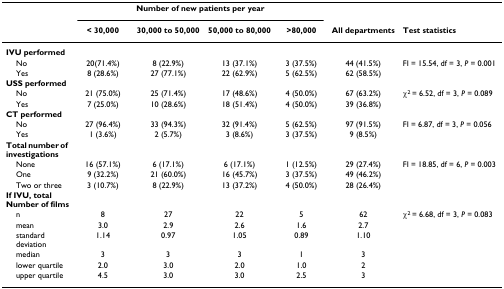
<table><thead><tr><td></td><td colspan="4"><b>Number of new patients per year</b></td><td></td><td></td></tr><tr><td></td><td><b>&lt; 30,000</b></td><td><b>30,000 to 50,000</b></td><td><b>50,000 to 80,000</b></td><td><b>&gt;80,000</b></td><td><b>All departments</b></td><td><b>Test statistics</b></td></tr></thead><tbody><tr><td><b>IVU performed</b></td><td></td><td></td><td></td><td></td><td></td><td></td></tr><tr><td> No</td><td>20(71.4%)</td><td>8 (22.9%)</td><td>13 (37.1%)</td><td>3 (37.5%)</td><td>44 (41.5%)</td><td>FI = 15.54, df = 3, <i>P </i>= 0.001</td></tr><tr><td> Yes</td><td>8 (28.6%)</td><td>27 (77.1%)</td><td>22 (62.9%)</td><td>5 (62.5%)</td><td>62 (58.5%)</td><td></td></tr><tr><td><b>USS performed</b></td><td></td><td></td><td></td><td></td><td></td><td></td></tr><tr><td> No</td><td>21 (75.0%)</td><td>25 (71.4%)</td><td>17 (48.6%)</td><td>4 (50.0%)</td><td>67 (63.2%)</td><td>χ<sup>2 </sup>= 6.52, df = 3, <i>P </i>= 0.089</td></tr><tr><td> Yes</td><td>7 (25.0%)</td><td>10 (28.6%)</td><td>18 (51.4%)</td><td>4 (50.0%)</td><td>39 (36.8%)</td><td></td></tr><tr><td><b>CT performed</b></td><td></td><td></td><td></td><td></td><td></td><td></td></tr><tr><td> No</td><td>27 (96.4%)</td><td>33 (94.3%)</td><td>32 (91.4%)</td><td>5 (62.5%)</td><td>97 (91.5%)</td><td>FI = 6.87, df = 3, <i>P </i>= 0.056</td></tr><tr><td> Yes</td><td>1 (3.6%)</td><td>2 (5.7%)</td><td>3 (8.6%)</td><td>3 (37.5%)</td><td>9 (8.5%)</td><td></td></tr><tr><td><b>Total number of investigations</b></td><td></td><td></td><td></td><td></td><td></td><td></td></tr><tr><td> None</td><td>16 (57.1%)</td><td>6 (17.1%)</td><td>6 (17.1%)</td><td>1 (12.5%)</td><td>29 (27.4%)</td><td>FI = 18.85, df = 6, <i>P </i>= 0.003</td></tr><tr><td> One</td><td>9 (32.2%)</td><td>21 (60.0%)</td><td>16 (45.7%)</td><td>3 (37.5%)</td><td>49 (46.2%)</td><td></td></tr><tr><td> Two or three</td><td>3 (10.7%)</td><td>8 (22.9%)</td><td>13 (37.2%)</td><td>4 (50.0%)</td><td>28 (26.4%)</td><td></td></tr><tr><td><b>If IVU, total Number of films</b></td><td></td><td></td><td></td><td></td><td></td><td></td></tr><tr><td> n</td><td>8</td><td>27</td><td>22</td><td>5</td><td>62</td><td>χ<sup>2 </sup>= 6.68, df = 3, <i>P </i>= 0.083</td></tr><tr><td> mean</td><td>3.0</td><td>2.9</td><td>2.6</td><td>1.6</td><td>2.7</td><td></td></tr><tr><td> standard deviation</td><td>1.14</td><td>0.97</td><td>1.05</td><td>0.89</td><td>1.10</td><td></td></tr><tr><td> median</td><td>3</td><td>3</td><td>3</td><td>1</td><td>3</td><td></td></tr><tr><td> lower quartile</td><td>2.0</td><td>3.0</td><td>2.0</td><td>1.0</td><td>2</td><td></td></tr><tr><td> upper quartile</td><td>4.5</td><td>3.0</td><td>3.0</td><td>2.5</td><td>3</td><td></td></tr></tbody></table>